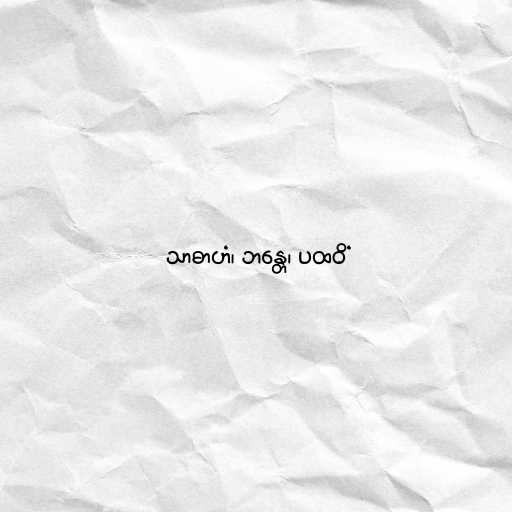
သာဓာဟံ၊ ဘန္တေ၊ ပထဝိံ